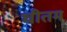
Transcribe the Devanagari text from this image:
चीतम